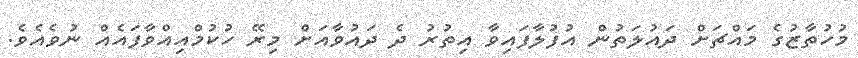
މުހުތާޒުގެ މައްޗަށް ދައުލަތުން އުފުލާފައިވާ އިތުރު ދެ ދައުވާއަށް މިރޭ ހުކުމްއިއްވާފައެއް ނުވެއެވެ.